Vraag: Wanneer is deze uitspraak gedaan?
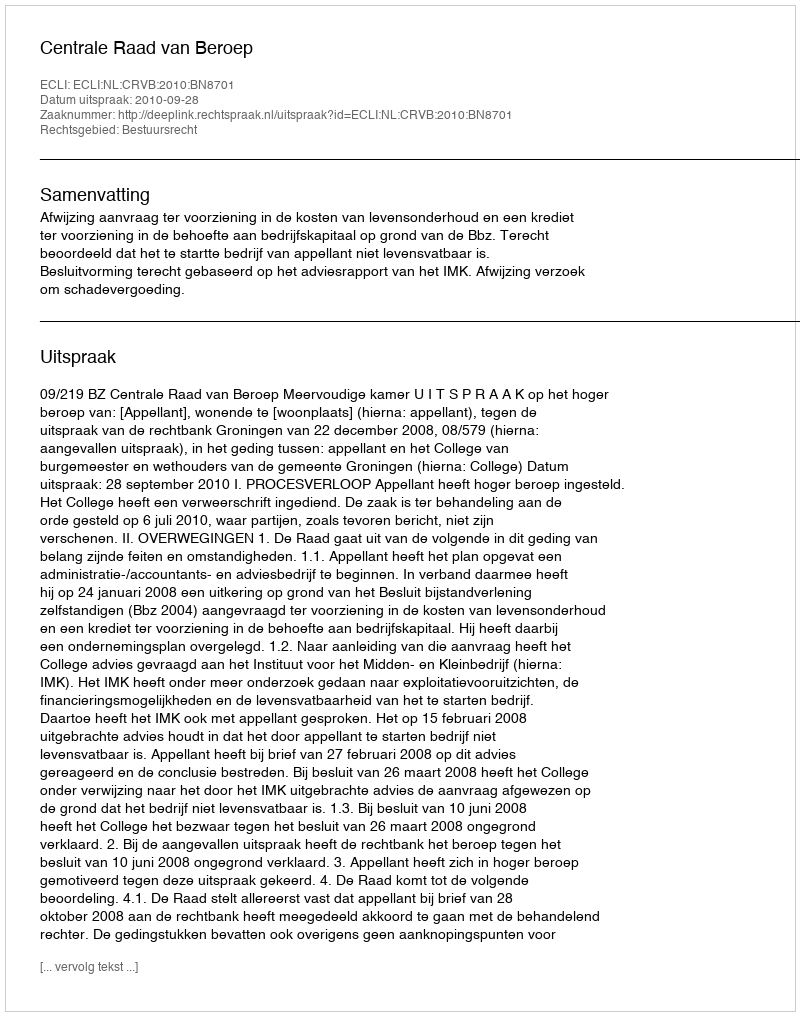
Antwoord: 2010-09-28